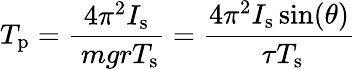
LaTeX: T_{\mathrm{p}}={\frac{4\pi^{2}I_{\mathrm{s}}}{\ mgrT_{\mathrm{s}}}}={\frac{4\pi^{2}I_{\mathrm{s}}\sin(\theta)}{\ \tau T_{\mathrm{s}}}}